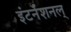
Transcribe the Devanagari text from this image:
इंटर्नॅशनल्